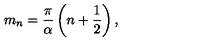
m _ { n } = \frac { \pi } { \alpha } \left( n + \frac { 1 } { 2 } \right) ,